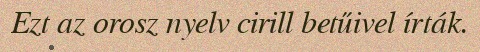
Ezt az orosz nyelv cirill betűivel írták.